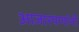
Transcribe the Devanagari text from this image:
आजारपणांनी